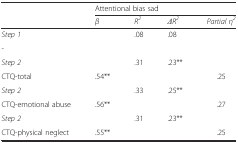
|  | <COLSPAN=4> Attentional bias sad |
 |  | β | R2 | ΔR2 | Partial η2 |
 | --- | --- | --- | --- | --- |
 | Step 1 |  | .08 | .08 |  |
 | - |  |  |  |  |
 | Step 2 |  | .31 | .23** |  |
 | CTQ-total | .54** |  |  | .25 |
 | Step 2 |  | .33 | .25** |  |
 | CTQ-emotional abuse | .56** |  |  | .27 |
 | Step 2 |  | .31 | .23** |  |
 | CTQ-physical neglect | .55** |  |  | .25 |